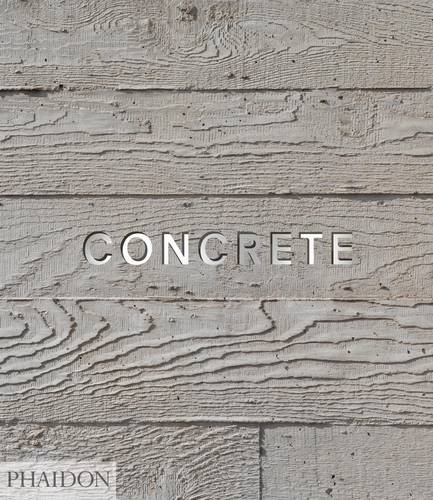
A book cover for Concrete; Leonard Koren; Arts & Photography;